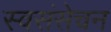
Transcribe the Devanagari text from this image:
स्वसंसेचन